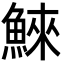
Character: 鯠